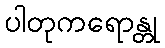
ပါတုကရောန္တု